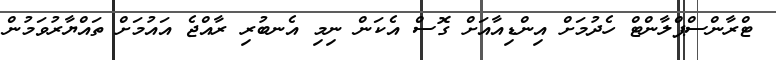
ޓްރާންސްޕްލާންޓް ހެދުމަށް އިންޑިއާއަށް ގޮސް އެކަން ނިމި އެނބުރި ރާއްޖެ އައުމަށް ތައްޔާރުވަމުން